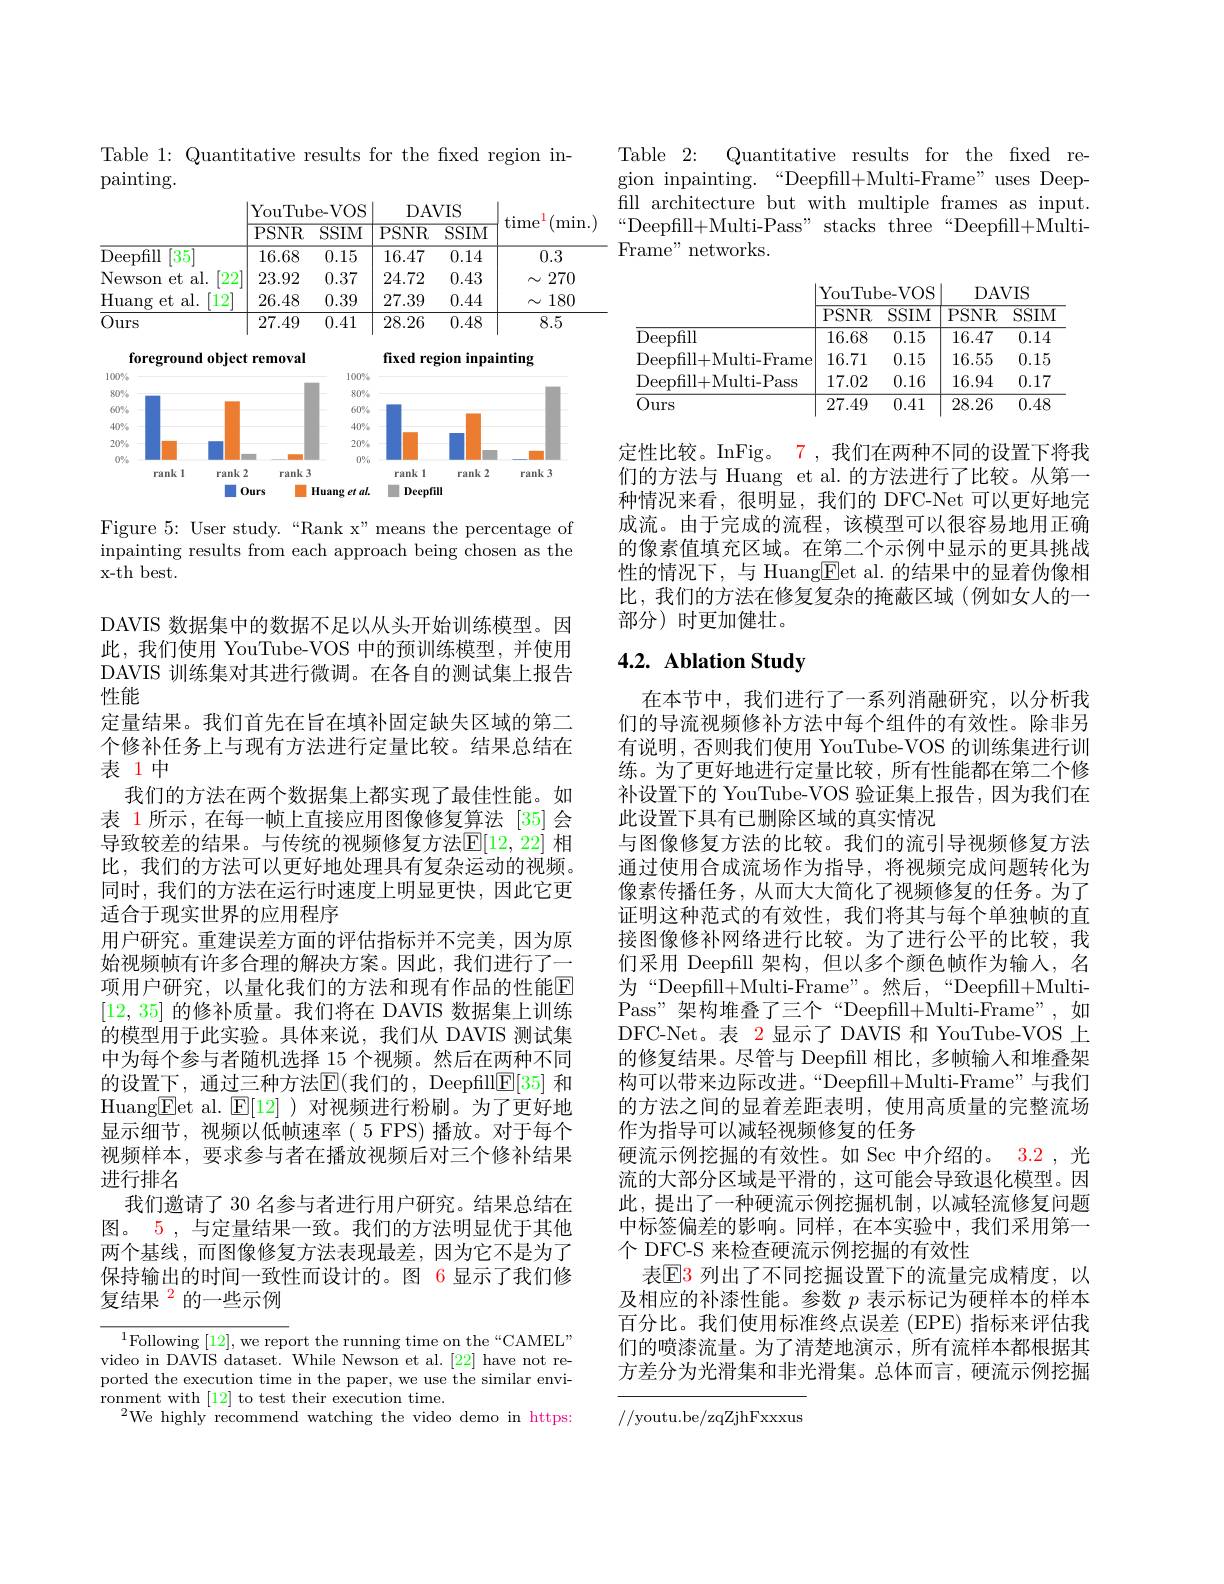
Table 1: Quantitative results for the fxed region in-
painting.

<table>
	<tbody>
		<tr>
			<th> </th>
			<th>PSNR</th>
			<th>$\overline{\mathrm{SSIM}}$</th>
			<th>PSNR</th>
			<th>$\overline{\mathrm{SSIM}}$</th>
			<th>time mun</th>
		</tr>
		<tr>
			<td>Deepfill $[35^{\prime}]$</td>
			<td>16.68</td>
			<td>0.15</td>
			<td>16.47</td>
			<td>0.14</td>
			<td>0.3</td>
		</tr>
		<tr>
			<td>Newson $et$ al. 22</td>
			<td>23.92</td>
			<td>0.37</td>
			<td>24.72</td>
			<td>0.43</td>
			<td>270 $\Lambda$</td>
		</tr>
		<tr>
			<td>Huang $et\varepsilon$ al. $12^{'}$</td>
			<td>26.48</td>
			<td>0.39</td>
			<td>27.39</td>
			<td>0.44</td>
			<td>180 八</td>
		</tr>
		<tr>
			<td>Ours</td>
			<td>27.49</td>
			<td>0.41</td>
			<td>28.26</td>
			<td>0.48</td>
			<td>8.5</td>
		</tr>
	</tbody>
</table>

<FigureHere>

Figure 5{:} User study.“Rank x" means the percentage of inpainting results from each approach being chosen as the x-th best.

个修补任务上与现有方法进行定量比较。结果总结在
# 表1中

DAVIS 数据集中的数据不足以从头开始训练模型。因此，我们使用 YouTube-VOS 中的预训练模型，并使用DAVIS 训练集对其进行微调。在各自的测试集上报告性能
定量结果。我们首先在旨在填补固定缺失区域的第二
我们的方法在两个数据集上都实现了最佳性能。如表 1 所示 , 在每一帧上直接应用图像修复算法 [35] 会导致较差的结果。与传统的视频修复方法$\mathbb{E}[12,22]$ 相比，我们的方法可以更好地处理具有复杂运动的视频。同时，我们的方法在运行时速度上明显更快，因此它更适合于现实世界的应用程序
用户研究。重建误差方面的评估指标并不完美，因为原始视频帧有许多合理的解决方案。因此，我们进行了一项用户研究，以量化我们的方法和现有作品的性能$\mathbb{E}$ [12,35]的修补质量。我们将在 DAVIS 数据集上训练的模型用于此实验。具体来说，我们从 DAVIS 测试集中为每个参与者随机选择 15 个视频。然后在两种不同的设置下，通过三种方法$\mathbb{E}($我们的，Deepfill$\mathbb{E}[35]$ 和Huang$\underline{\mathrm{E}}$et al.$\underline{\mathrm{E}}[12]$)对视频进行粉刷。为了更好地显示细节，视频以低帧速率(5 FPS)播放。对于每个视频样本，要求参与者在播放视频后对三个修补结果进行排名
我们邀请了 30 名参与者进行用户研究。结果总结在图。5 , 与定量结果一致。我们的方法明显优于其他两个基线，而图像修复方法表现最差，因为它不是为了保持输出的时间一致性而设计的。图 6 显示了我们修复结果$^{2}$的一些示例

$^{1}$Following [12], we report the running time on the“CAMEL” video in DAVIS dataset. While Newson et al. [22] have not reported the execution time in the paper, we use the similar environment with [12] to test their execution time.
$^{2}$We highly recommend watching the video demo in https:

Table 2: Quantitative results for the fxed region inpainting.“Deepfill+Multi-Frame”uses Deepfill architecture but with multiple frames as input. “Deepfill+Multi-Pass" stacks three“Deepfill+MultiFrame" networks.

<table>
	<tbody>
		<tr>
			<th> </th>
			<th>$\overline{{\mathrm{PSNR}}}$</th>
			<th>$\overline{\mathrm{SSIM}}$</th>
			<th>$\overline{\mathrm{PSNR}}$</th>
			<th>$\overline{\mathrm{SSIM}}$</th>
		</tr>
		<tr>
			<td>${\overline{{\mathrm{Deepfill}}}}$</td>
			<td>16.68</td>
			<td>0.15</td>
			<td>16.47</td>
			<td>0.14</td>
		</tr>
		<tr>
			<td>Deepfill+ Multi- Frame</td>
			<td>16.71</td>
			<td>0.15</td>
			<td>16.55</td>
			<td>0.15</td>
		</tr>
		<tr>
			<td>Deepfill+ Multi- Pass</td>
			<td>17.02</td>
			<td>0.16</td>
			<td>16.94</td>
			<td>0.17</td>
		</tr>
		<tr>
			<td>Ours</td>
			<td>27.49</td>
			<td>0.41</td>
			<td>28.26</td>
			<td>0.48</td>
		</tr>
	</tbody>
</table>

定性比较。InFig。7 , 我们在两种不同的设置下将我们的方法与 Huang et al.的方法进行了比较。从第一种情况来看，很明显，我们的 DFC-Net 可以更好地完成流。由于完成的流程，该模型可以很容易地用正确的像素值填充区域。在第二个示例中显示的更具挑战性的情况下，与 Huang$\boxed{\mathrm{E}}$et al. 的结果中的显着伪像相比，我们的方法在修复复杂的掩蔽区域(例如女人的一部分)时更加健壮。

# 4.2. Ablation Study

在本节中，我们进行了一系列消融研究，以分析我们的导流视频修补方法中每个组件的有效性。除非另有说明，否则我们使用 YouTube-VOS 的训练集进行训练。为了更好地进行定量比较，所有性能都在第二个修补设置下的 YouTube-VOS 验证集上报告，因为我们在此设置下具有已删除区域的真实情况
与图像修复方法的比较。我们的流引导视频修复方法通过使用合成流场作为指导，将视频完成问题转化为像素传播任务，从而大大简化了视频修复的任务。为了证明这种范式的有效性，我们将其与每个单独帧的直接图像修补网络进行比较。为了进行公平的比较，我们采用 Deepfill 架构，但以多个颜色帧作为输入，名为“Deepfill+Multi-Frame”。然后，“Deepfill+MultiPass"架构堆叠了三个“Deepfill+Multi-Frame”,如DFC-Net。表 2显示了 DAVIS 和 YouTube-VOS 上的修复结果。尽管与 Deepfill 相比，多帧输入和堆叠架构可以带来边际改进。“Deepfill+Multi-Frame”与我们的方法之间的显着差距表明，使用高质量的完整流场作为指导可以减轻视频修复的任务
硬流示例挖掘的有效性。如 Sec 中介绍的。3.2 , 光流的大部分区域是平滑的，这可能会导致退化模型。因此，提出了一种硬流示例挖掘机制，以减轻流修复问题中标签偏差的影响。同样，在本实验中，我们采用第一个 DFC-S 来检查硬流示例挖掘的有效性
表$\mathbb{E}$3 列出了不同挖掘设置下的流量完成精度，以及相应的补漆性能。参数$p$表示标记为硬样本的样本百分比。我们使用标准终点误差 (EPE) 指标来评估我们的喷漆流量。为了清楚地演示，所有流样本都根据其方差分为光滑集和非光滑集。总体而言，硬流示例挖掘

//youtu.be/zqZjhFxxxus